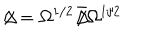
LaTeX: \Delta \! \! \! \! / = \Omega ^ { 1 / 2 } { \bar { \Delta } } \! \! \! \! / \Omega ^ { 1 / 2 }